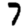
Digit: 7